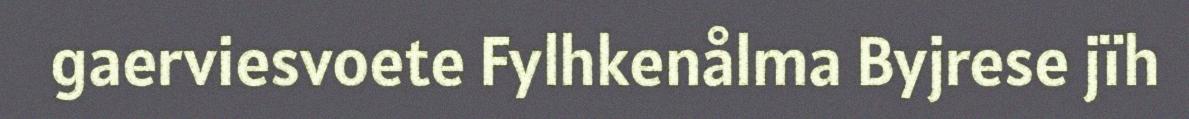
gaerviesvoete Fylhkenålma Byjrese jïh